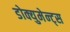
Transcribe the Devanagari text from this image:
डोक्युमेन्ट्स